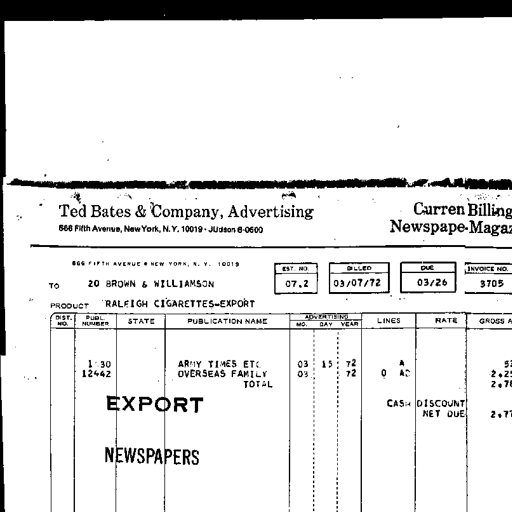
Ted Bates & Company, Advertising
666 Fifth Avenue, New York, N.Y. 10019 • JUdson 6-0600
Curren Billing
Newspape-Magaz
666 FIFTH AVENUE • NEW YORK, N.Y. 10019
TO 20 BROWN & WILLIAMSON
EST. NO. 07.2
BILLED 03/07/72
DUE 03/26
INVOICE NO. 3705
PRODUCT RALEIGH CIGARETTES-EXPORT
DIST. NO.
PUBL. NUMBER
STATE
PUBLICATION NAME
ADVERTISING
MO. DAY YEAR
LINES
RATE
GROSS A
1 30
12442
ARMY TIMES ETC
OVERSEAS FAMILY
TOTAL
03 15 72
03 72
A
0 AC
5
2.25
2.78
EXPORT
CASH DISCOUNT
NET DUE
2.77
NEWSPAPERS